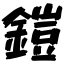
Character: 鎧